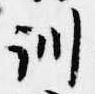
訓